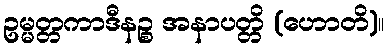
ဥမ္မတ္တကာဒီနဉ္စ အနာပတ္တိ (ဟောတိ)။